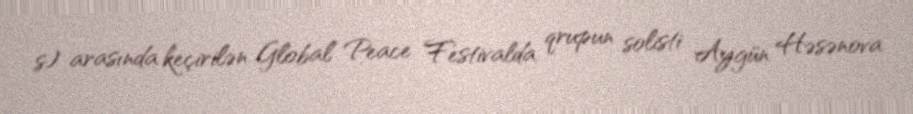
s) arasında keçirilən Global Peace Festivalda qrupun solisti Aygün Həsənova